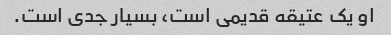
او یک عتیقه قدیمی است، بسیار جدی است.